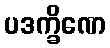
ပဒက္ခိဏေ